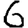
Digit: 6